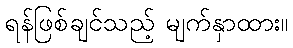
ရန်ဖြစ်ချင်သည့် မျက်နှာထား။